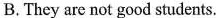
B. They are not good students.